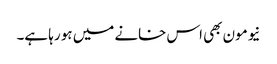
نیومون بھی اس خانے میں ہو رہا ہے۔